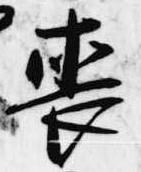
喪